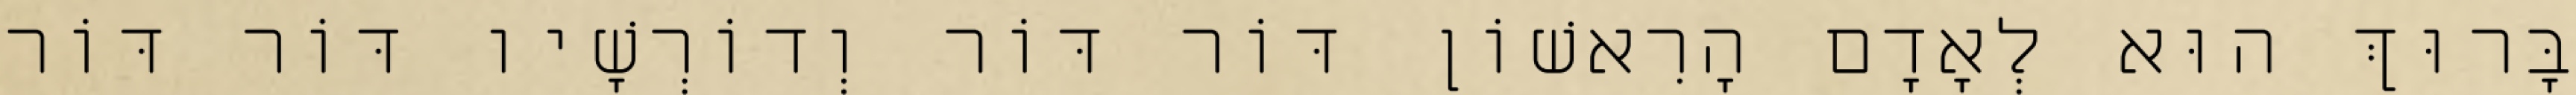
בָּרוּךְ הוּא לְאָדָם הָרִאשׁוֹן דּוֹר דּוֹר וְדוֹרְשָׁיו דּוֹר דּוֹר